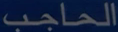
الحاجب